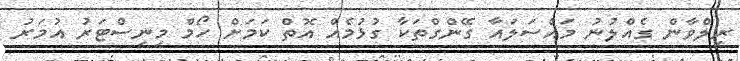
ރިލްވާން ގެއްލުނު މައްސަލައާ ގޭންގްތަކާ ގުޅުމެއް އޮތް ކަމަށް ހޯމް މިނިސްޓަރު އުމަރު